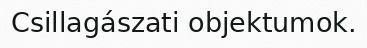
Csillagászati objektumok.